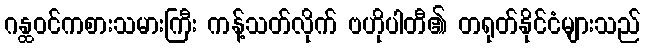
ဂန္ထဝင်ကစားသမားကြီး ကန့်သတ်လိုက် ဗဟိုပါတီ၏ တရုတ်နိုင်ငံများသည်